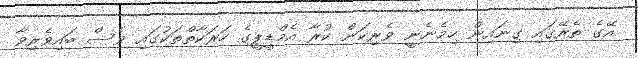
އޭގެ ތެރޭގައި ގިނައިން ހިމެނެނީ ވެރިކަން ކުރާ އެމްޑީޕީގެ ހަރަކާތްތަކުގައި ވެސް ބައިވެރިވާ